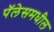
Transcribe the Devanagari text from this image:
पॅलेसमधील